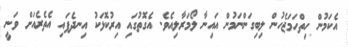
އެކަމުން ހިތްހަމަޖެހުން ލިބިގަންނަމުން އައިނާ ލޯމަރާލިއެވެ. އެގޮތުގައި އިރުކޮޅަކު އިނދެފައި އެތެރެއަށް ވަނީ